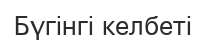
Бүгінгі келбеті